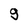
Character: 9